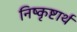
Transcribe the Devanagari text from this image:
निष्कृष्टार्थ